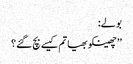
بولے:
’’چھینکو بھیا تم کیسے بچ گئے؟